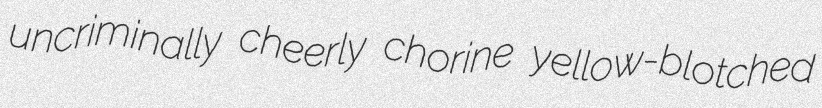
uncriminally cheerly chorine yellow-blotched